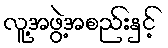
လူ့အဖွဲ့အစည်းနှင့်